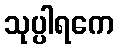
သုပ္ပါရကေ